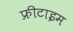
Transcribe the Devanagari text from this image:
फ्रीटाइम